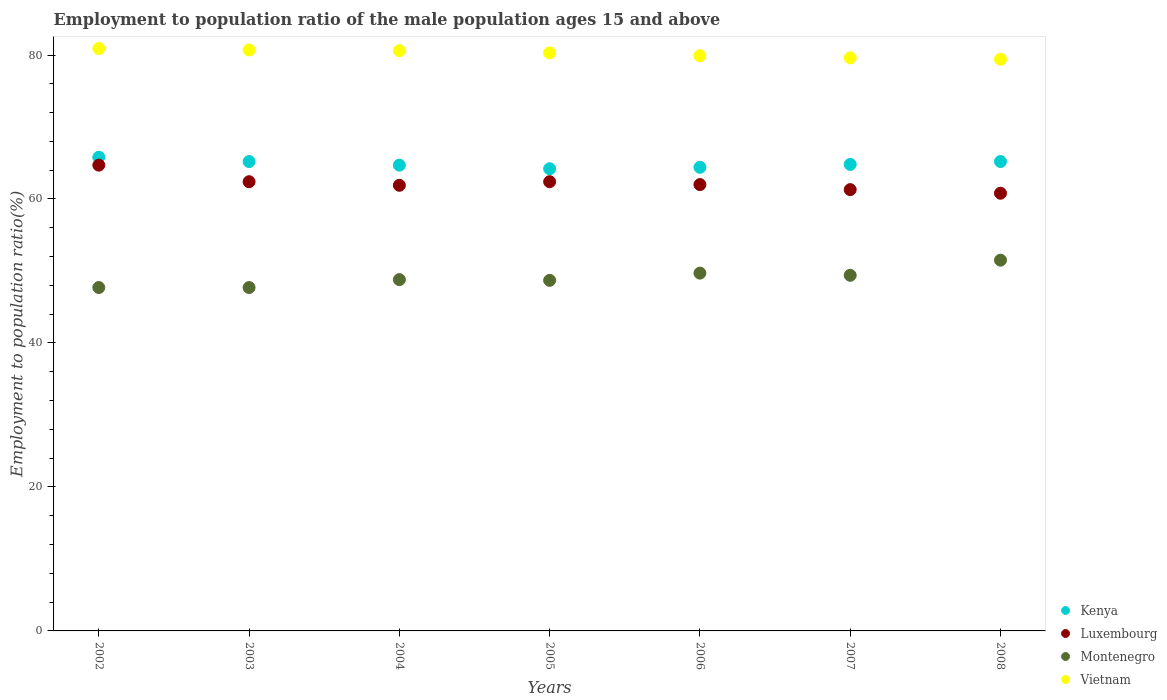
| Years | Kenya | Luxembourg | Montenegro | Vietnam |
 | --- | --- | --- | --- | --- |
 | 2002 | 65.8 | 64.7 | 47.7 | 80.9 |
 | 2003 | 65.2 | 62.4 | 47.7 | 80.7 |
 | 2004 | 64.7 | 61.9 | 48.8 | 80.6 |
 | 2005 | 64.2 | 62.4 | 48.7 | 80.3 |
 | 2006 | 64.4 | 62 | 49.7 | 79.9 |
 | 2007 | 64.8 | 61.3 | 49.4 | 79.6 |
 | 2008 | 65.2 | 60.8 | 51.5 | 79.4 |